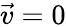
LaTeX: \vec{v}=0